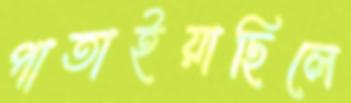
পাতাইয়াছিলে